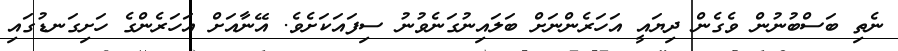
ނެތި ބަސްބުނުން ވެގެން ދިޔައީ އަހަރެންނަށް ބަލައިނުގަނެވުނު ސިފައަކަށެވެ. އޭނާއަށް އަހަރެންގެ ހަށިގަނޑުގައި